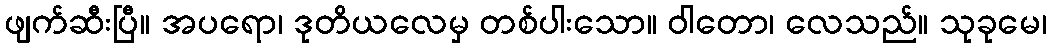
ဖျက်ဆီးပြီ။ အပရော၊ ဒုတိယလေမှ တစ်ပါးသော။ ဝါတော၊ လေသည်။ သုခုမေ၊